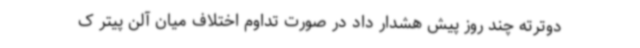
دوترته چند روز پیش هشدار داد در صورت تداوم اختلاف میان آلن پیتر ک